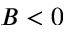
B < 0